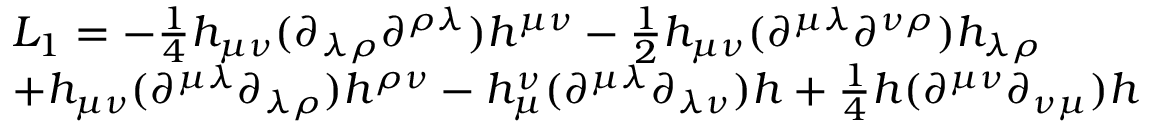
\begin{array} { l } { { L _ { 1 } = - \frac { 1 } { 4 } h _ { \mu \nu } ( \partial _ { \lambda \rho } \partial ^ { \rho \lambda } ) h ^ { \mu \nu } - \frac { 1 } { 2 } h _ { \mu \nu } ( \partial ^ { \mu \lambda } \partial ^ { \nu \rho } ) h _ { \lambda \rho } } } \\ { { + h _ { \mu \nu } ( \partial ^ { \mu \lambda } \partial _ { \lambda \rho } ) h ^ { \rho \nu } - h _ { \mu } ^ { \nu } ( \partial ^ { \mu \lambda } \partial _ { \lambda \nu } ) h + \frac { 1 } { 4 } h ( \partial ^ { \mu \nu } \partial _ { \nu \mu } ) h } } \end{array}